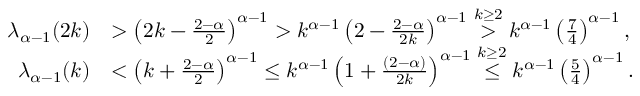
\begin{array} { r l } { \lambda _ { \alpha - 1 } ( 2 k ) } & { > \left( 2 k - \frac { 2 - \alpha } { 2 } \right) ^ { \alpha - 1 } > k ^ { \alpha - 1 } \left( 2 - \frac { 2 - \alpha } { 2 k } \right) ^ { \alpha - 1 } \overset { k \ge 2 } > k ^ { \alpha - 1 } \left( \frac { 7 } { 4 } \right) ^ { \alpha - 1 } , } \\ { \quad \lambda _ { \alpha - 1 } ( k ) } & { < \left( k + \frac { 2 - \alpha } 2 \right) ^ { \alpha - 1 } \le k ^ { \alpha - 1 } \left( 1 + \frac { ( 2 - \alpha ) } { 2 k } \right) ^ { \alpha - 1 } \overset { k \ge 2 } \le k ^ { \alpha - 1 } \left( \frac { 5 } { 4 } \right) ^ { \alpha - 1 } . } \end{array}